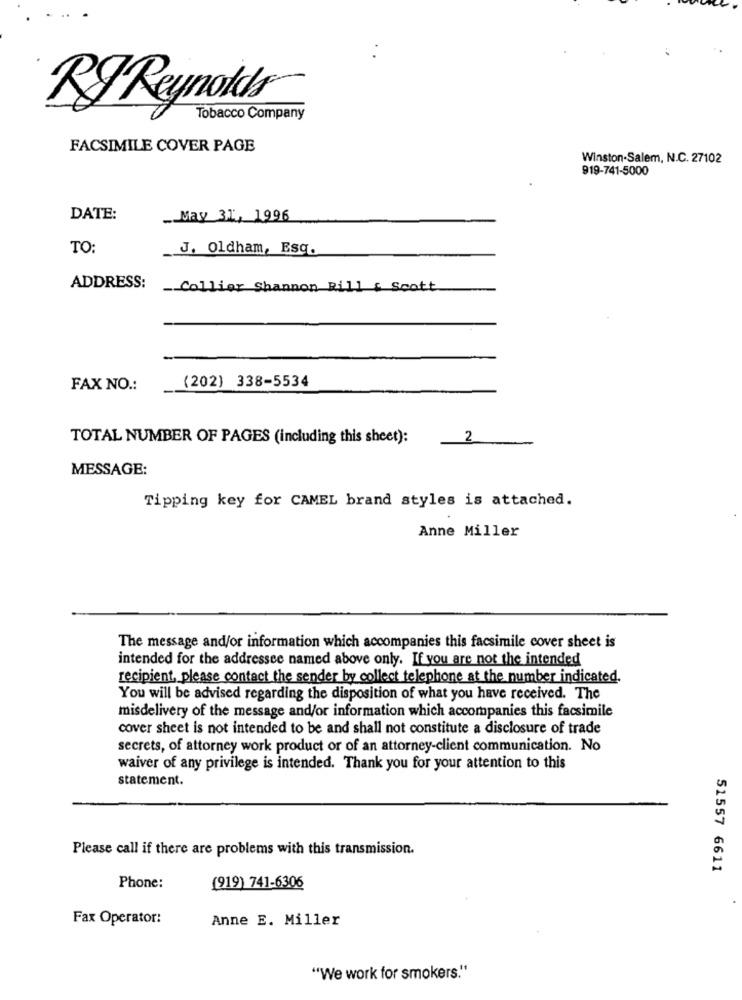
RFReynolds
Tobacco Company
FACSIMILE COVER PAGE
Winston-Salem, N.C. 27102
919-741-5000
DATE:
May 31, 1996
TO:
J. Oldham, Esq.
ADDRESS:
Collier Shannon Rill & Scott
(202) 338-5534
FAX NO .:
TOTAL NUMBER OF PAGES (including this sheet):
2
MESSAGE:
Tipping key for CAMEL brand styles is attached.
Anne Miller
The message and/or information which accompanies this facsimile cover sheet is
intended for the addressee named above only. If you are not the intended
recipient, please contact the sender by collect telephone at the number indicated.
You will be advised regarding the disposition of what you have received. The
misdelivery of the message and/or information which accompanies this facsimile
cover sheet is not intended to be and shall not constitute a disclosure of trade
secrets, of attorney work product or of an attorney-client communication. No
waiver of any privilege is intended. Thank you for your attention to this
statement.
Please call if there are problems with this transmission.
51557 6611
Phone:
(919) 741-6306
Fax Operator:
Anne E. Miller
"We work for smokers."